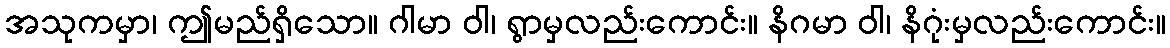
အသုကမှာ၊ ဤမည်ရှိသော။ ဂါမာ ဝါ၊ ရွာမှလည်းကောင်း။ နိဂမာ ဝါ၊ နိဂုံးမှလည်းကောင်း။